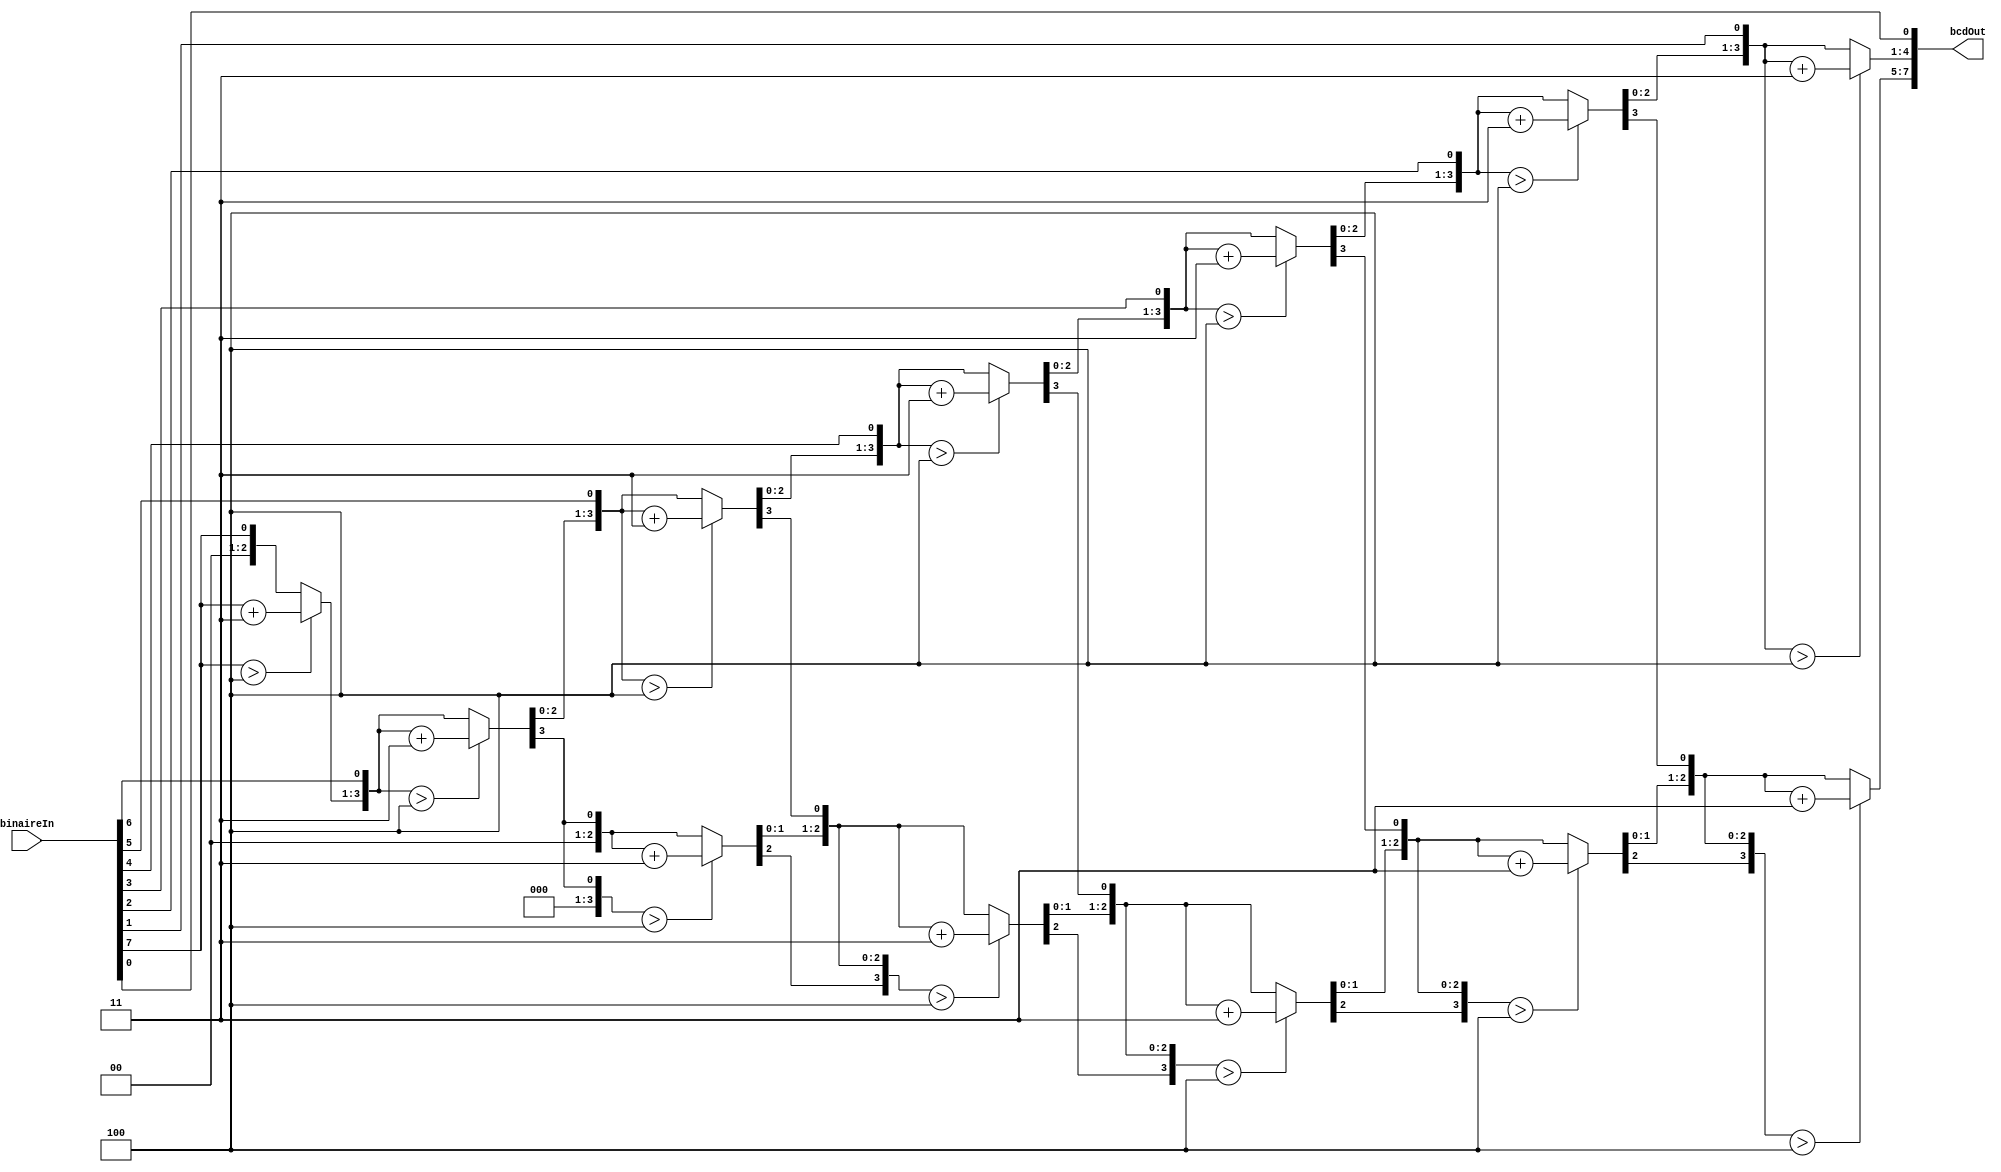
module ConvertisseurBCD(binaireIn,bcdOut);

    
    input [7:0] binaireIn;

    output [7:0] bcdOut;

    reg [7 : 0] bcdOut; 
    reg [3:0] i;   
     

     always @(binaireIn)
        begin
            bcdOut = 0; 
            for (i = 0; i < 8; i = i+1) 
            begin
                bcdOut = {bcdOut[7:0],binaireIn[7-i]}; 
                      
                if(i < 7 && bcdOut[3:0] > 4) 
                    bcdOut[3:0] = bcdOut[3:0] + 3;
                if(i < 7 && bcdOut[7:4] > 4)
                    bcdOut[7:4] = bcdOut[7:4] + 3;

            end
        end     
                
endmodule